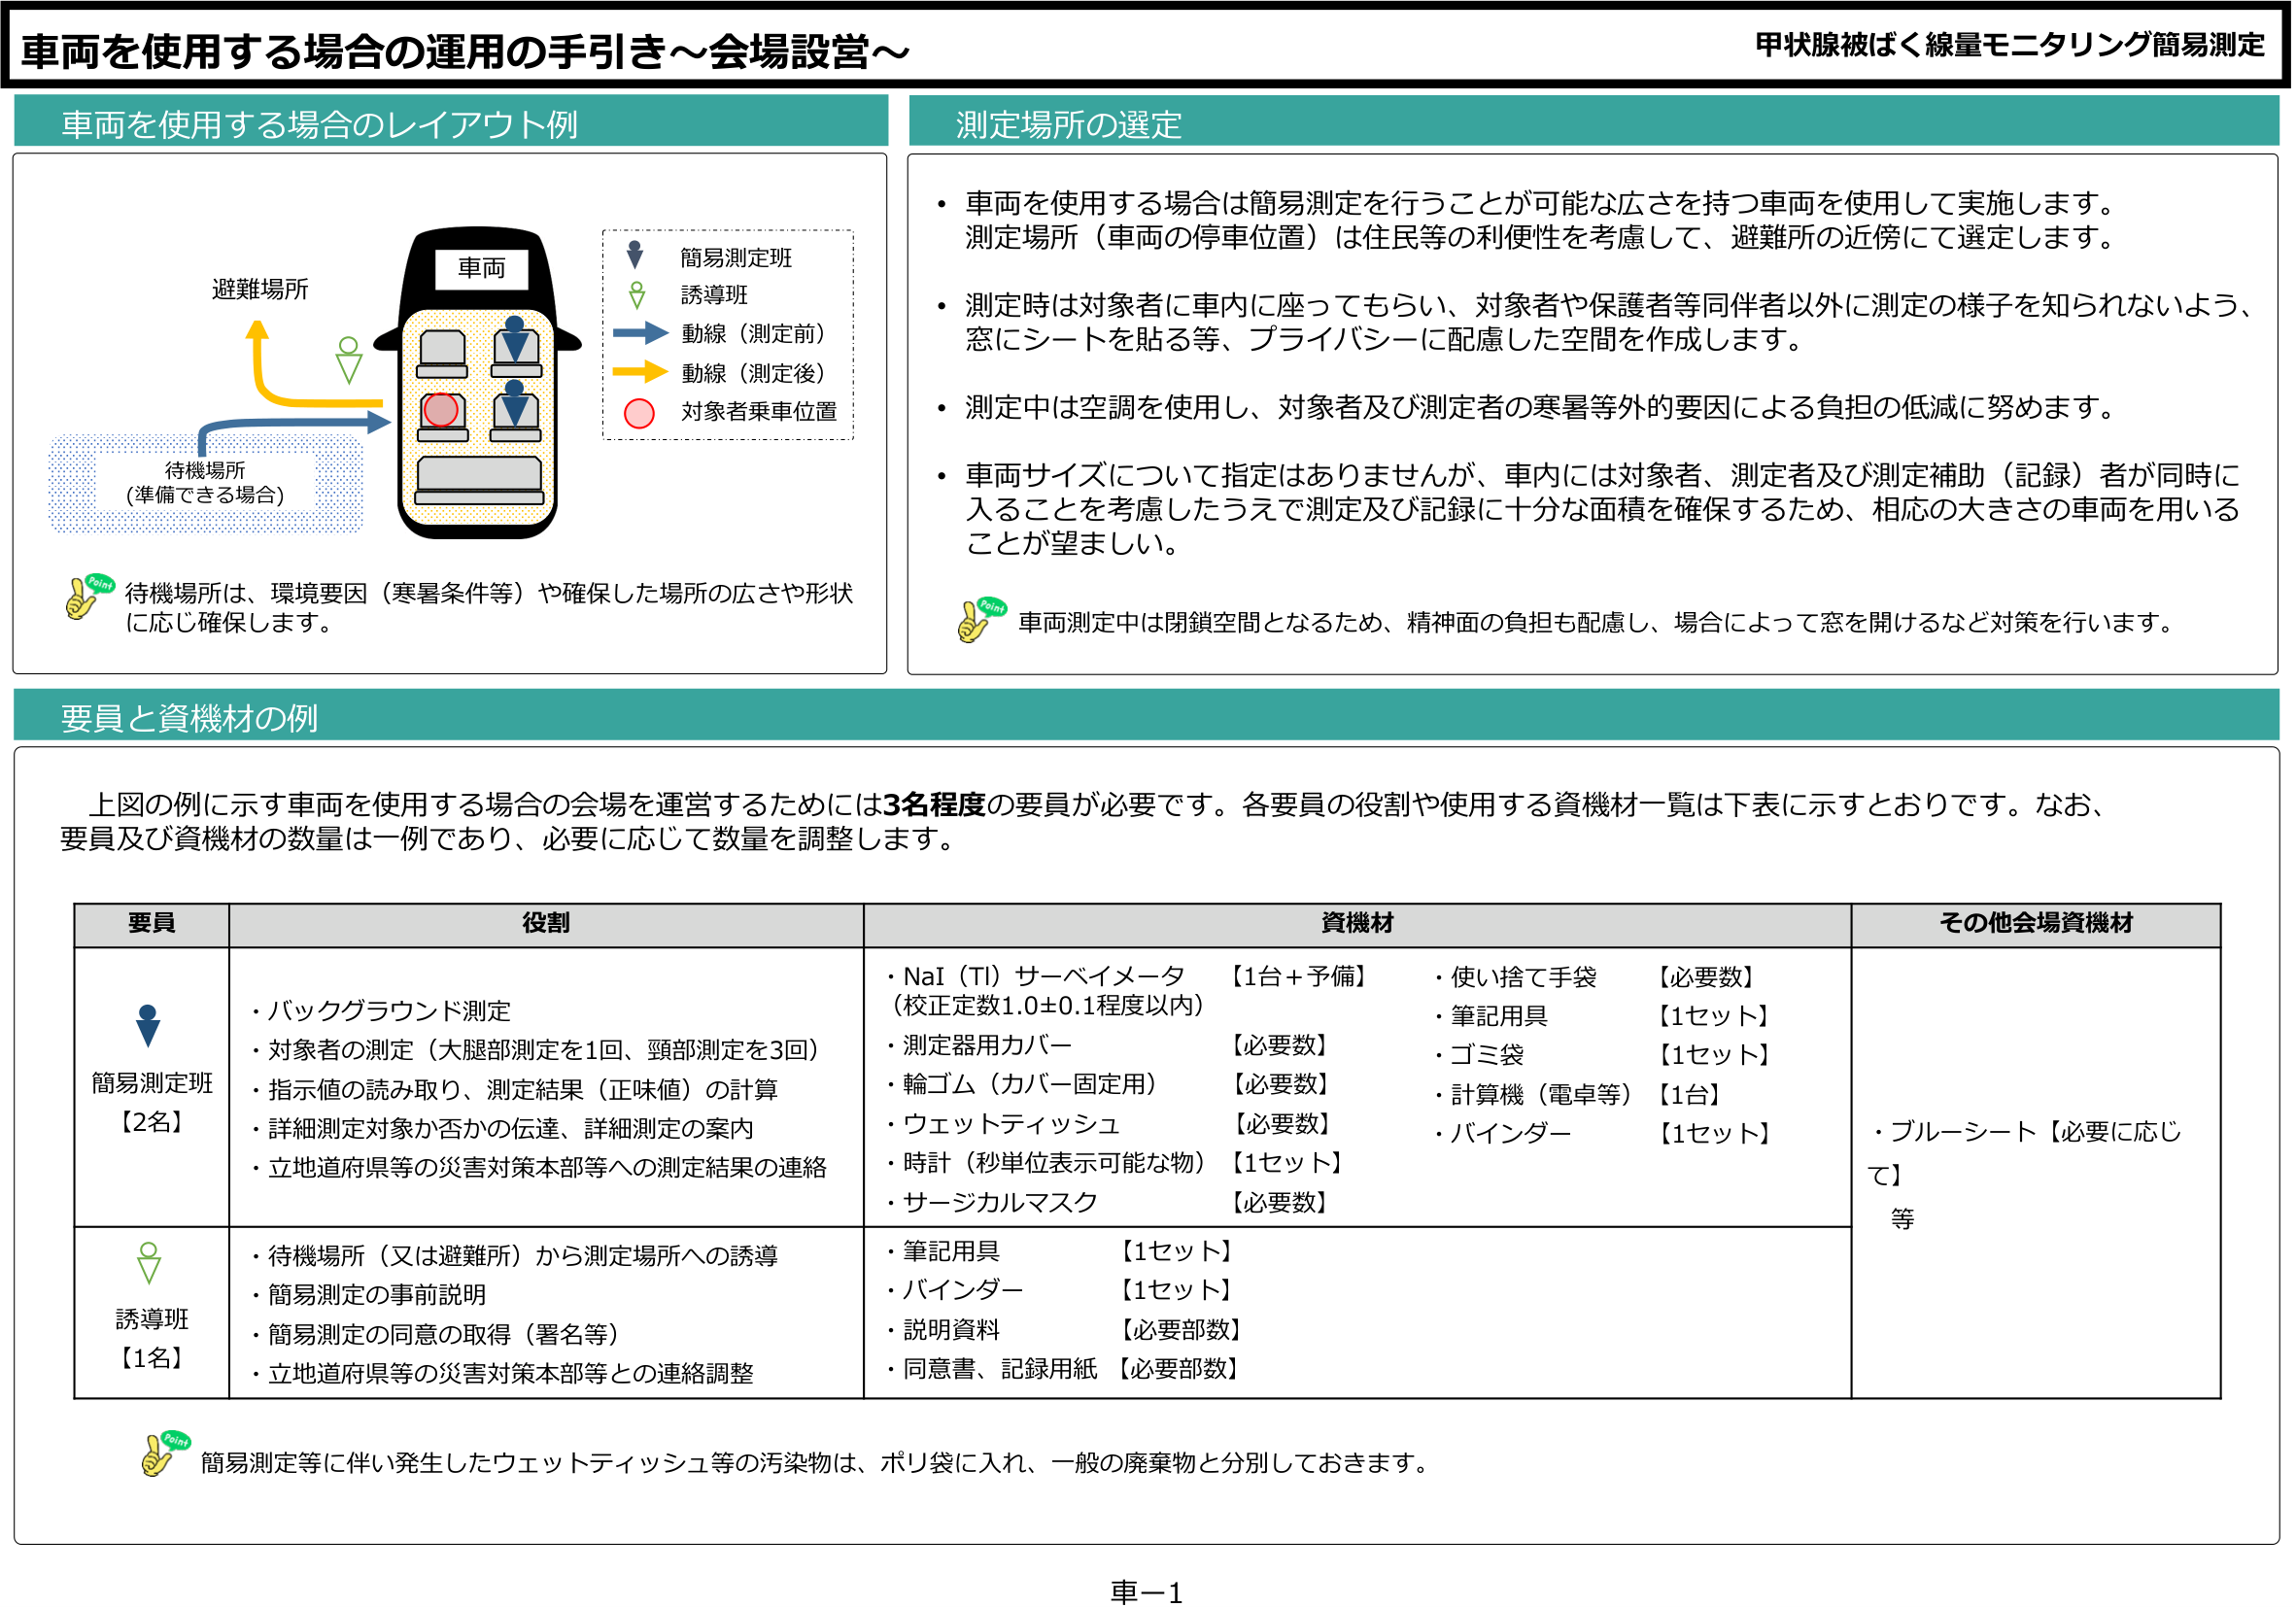
車両を使用する場合の運用の手引き～会場設営～
甲状腺被ばく線量モニタリング簡易測定

車両を使用する場合のレイアウト例
避難場所
待機場所
（準備できる場合）
車両
簡易測定班
誘導班
動線（測定前）
動線（測定後）
対象者乗車位置
待機場所は、環境要因（寒暑条件等）や確保した場所の広さや形状に応じ確保します。

測定場所の選定
・車両を使用する場合は簡易測定を行うことが可能な広さを持つ車両を使用して実施します。測定場所（車両の停車位置）は住民等の利便性を考慮して、避難所の近傍にて選定します。
・測定時は対象者に車内に座ってもらい、対象者や保護者等同伴者以外に測定の様子を知られないよう、窓にシートを貼る等、プライバシーに配慮した空間を作成します。
・測定中は空調を使用し、対象者及び測定者の寒暑等外的要因による負担の低減に努めます。
・車両サイズについて指定はありませんが、車内には対象者、測定者及び測定補助（記録）者が同時に⼊ることを考慮したうえで測定及び記録に十分な面積を確保するため、相応の大きさの車両を用いることが望ましい。
車両測定中は閉鎖空間となるため、精神面の負担も配慮し、場合によって窓を開けるなど対策を行います。

要員と資機材の例
上図の例に示す車両を使用する場合の会場を運営するためには3名程度の要員が必要です。各要員の役割や使用する資機材一覧は下表に示すとおりです。なお、要員及び資機材の数量は一例であり、必要に応じて数量を調整します。

要員 役割 資機材 その他会場資機材
簡易測定班【2名】
・バックグラウンド測定
・対象者の測定（大腿部測定を1回、頸部測定を3回）
・指示値の読み取り、測定結果（正味値）の計算
・詳細測定対象か否かの伝達、詳細測定の案内
・立地道府県等の災害対策本部等への測定結果の連絡
・NaI（Tl）サーベイメータ【1台＋予備】（校正定数1.0±0.1程度以内）
・測定器用カバー【必要数】
・輪ゴム（カバー固定用）【必要数】
・ウェットティッシュ【必要数】
・時計（秒単位表示可能な物）【1セット】
・サージカルマスク【必要数】
・使い捨て手袋【必要数】
・筆記用具【1セット】
・ゴミ袋【1セット】
・計算機（電卓等）【1台】
・バインダー【1セット】
・ブルーシート【必要に応じて】等

誘導班【1名】
・待機場所（又は避難所）から測定場所への誘導
・簡易測定の事前説明
・簡易測定の同意の取得（署名等）
・立地道府県等の災害対策本部等との連絡調整
・筆記用具【1セット】
・バインダー【1セット】
・説明資料【必要部数】
・同意書、記録用紙【必要部数】

簡易測定等に伴い発生したウェットティッシュ等の汚染物は、ポリ袋に入れ、一般の廃棄物と分別しておきます。

車－1